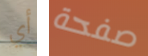
أي صفحة